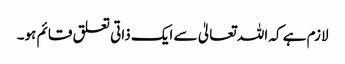
لازم ہے کہ اللہ تعالیٰ سے ایک ذاتی تعلق قائم ہو۔